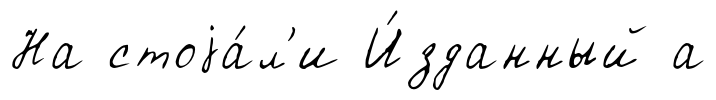
На стоjа́л'и И́зданный а